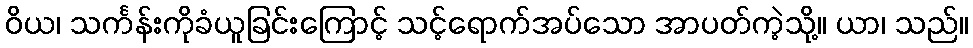
ဝိယ၊ သင်္ကန်းကိုခံယူခြင်းကြောင့် သင့်ရောက်အပ်သော အာပတ်ကဲ့သို့။ ယာ၊ သည်။